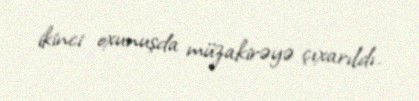
ikinci oxunuşda müzakirəyə çıxarıldı.